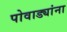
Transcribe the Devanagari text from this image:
पोवाड्यांना